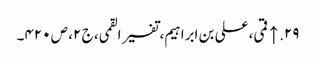
۲۹. ↑ قمی، علی بن ابراہیم، تفسیر القمی، ج ۲، ص ۴۲۰۔